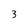
Character: 3